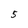
Character: 5